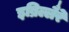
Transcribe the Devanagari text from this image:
इब्रिल्लैरे